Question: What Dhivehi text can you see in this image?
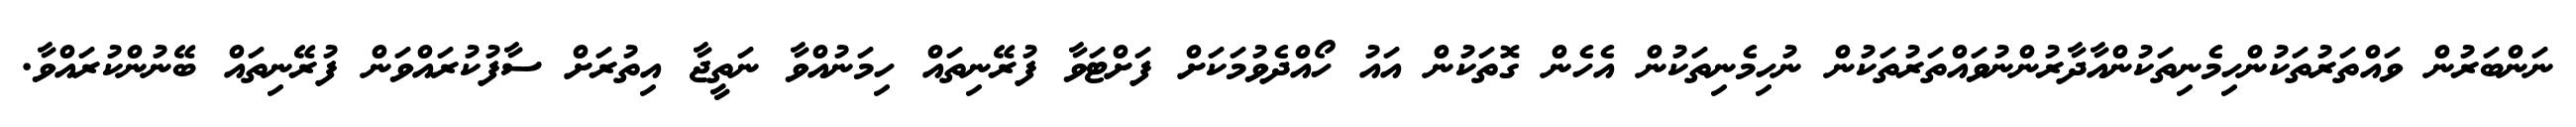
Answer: ނަންބަރުން ވައްތަރުތަކުންހިމެނިތަކުންއާދާރުންނުވައްތަރުތަކުން ނުހިމެނިތަކުން އެހެން ގޮތަކުން އައު ހޯއްދެވުމަކަށް ފަށްޓަވާ ފުރޭނިތައް ހިމަނުއްވާ ނަތީޖާ އިތުރަށް ސާފުކުރައްވަން ފުރޭނިތައް ބޭނުންކުރައްވާ.